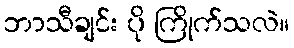
ဘာသီချင်း ပို ကြိုက်သလဲ။